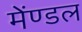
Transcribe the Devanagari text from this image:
मेंण्डल